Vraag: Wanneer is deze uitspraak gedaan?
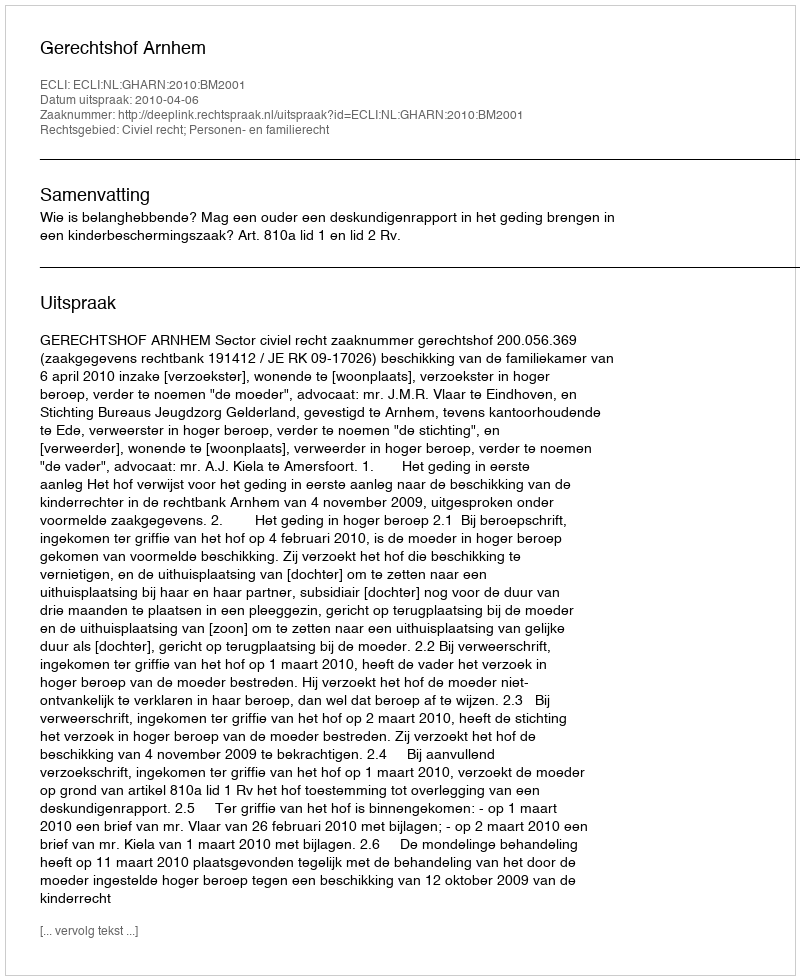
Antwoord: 2010-04-06